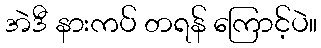
အဲဒီ နားကပ် တရန် ကြောင့်ပဲ။